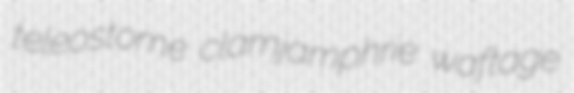
teleostome clamjamphrie waftage